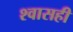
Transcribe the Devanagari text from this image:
श्‍वासही